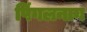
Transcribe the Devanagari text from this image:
पिंगलनाग